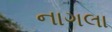
નાગલા